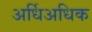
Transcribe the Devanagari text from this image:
अर्धिअधिक